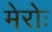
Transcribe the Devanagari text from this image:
मेरोः